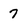
Character: 7